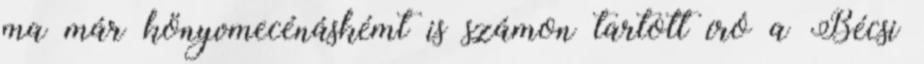
ma már könyvmecénáskémt is számon tartott író a Bécsi